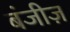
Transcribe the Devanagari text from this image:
बंजीज़